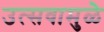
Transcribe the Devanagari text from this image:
उत्सवामुळे